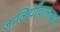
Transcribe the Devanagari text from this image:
जालियाँवालाबाग़